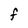
Character: f